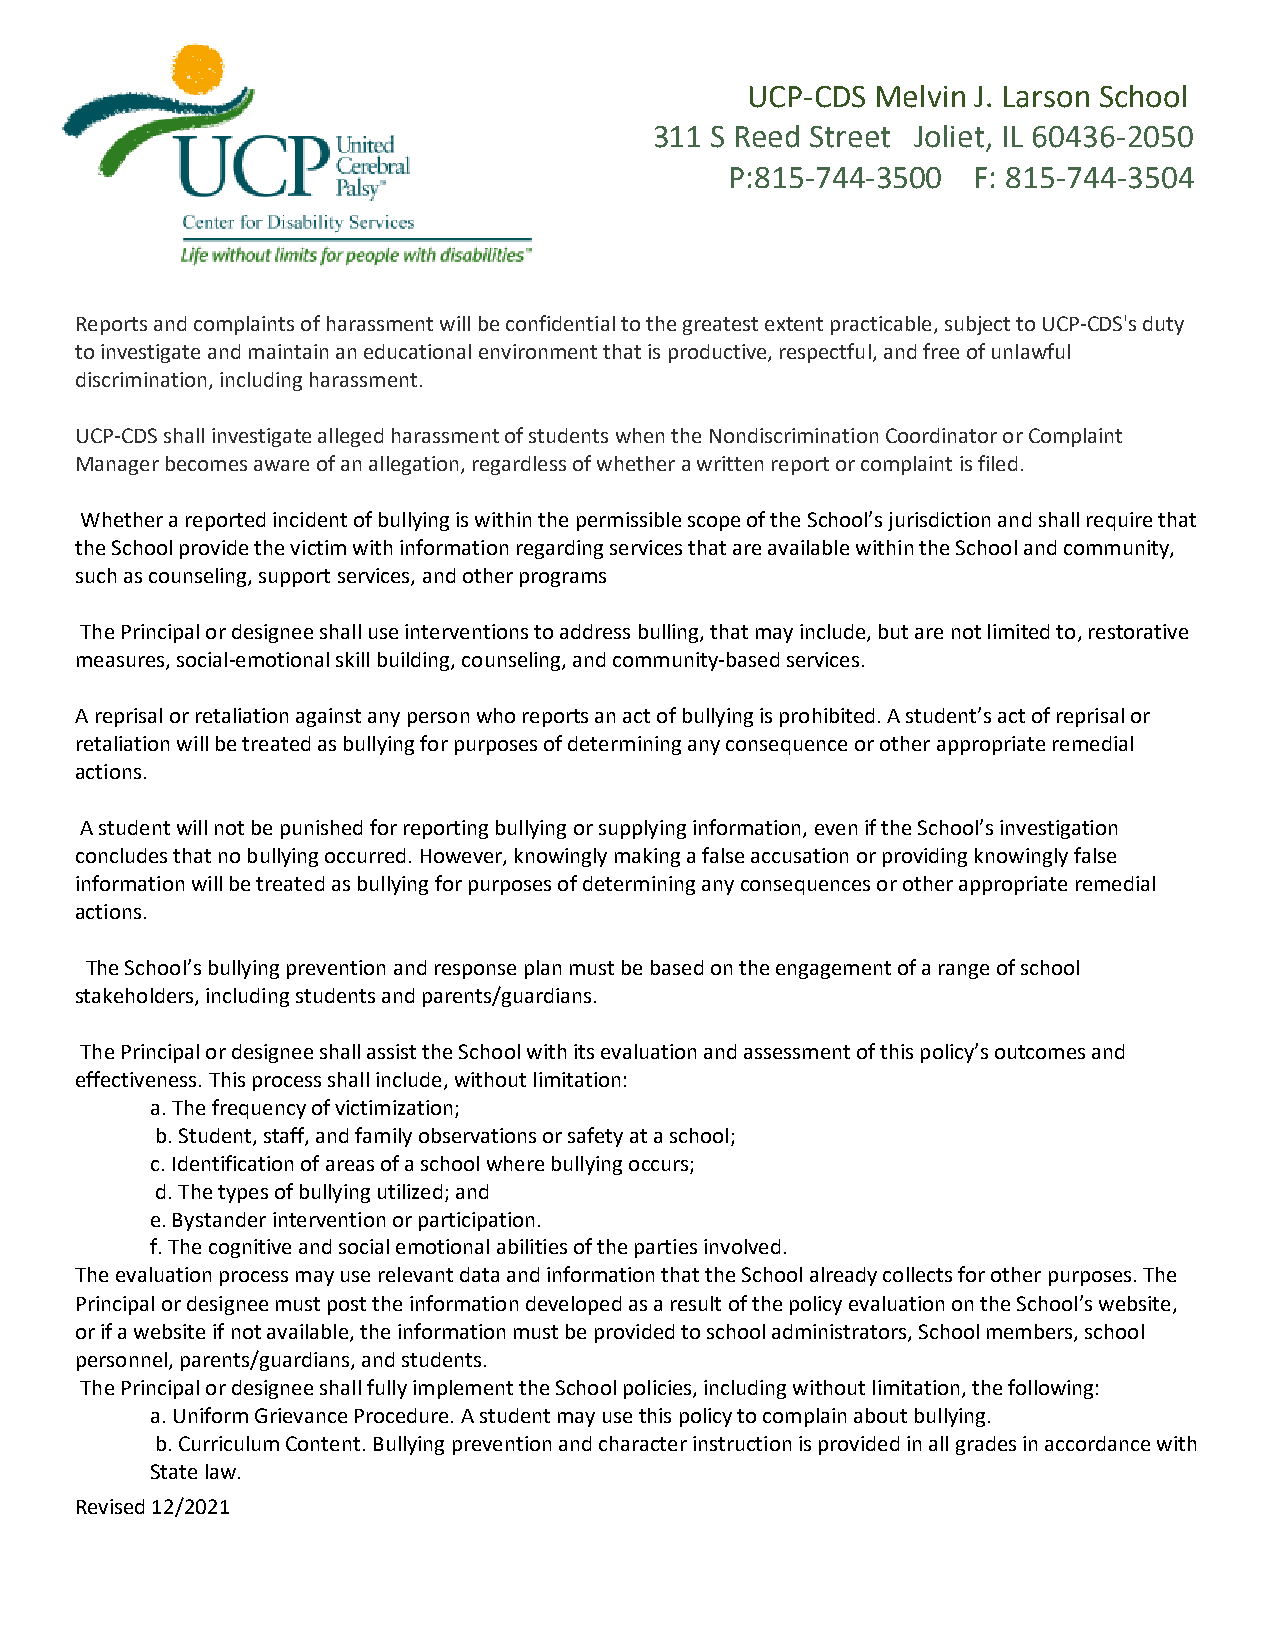
UCP-CDS  Melvin J. Larson School
 311 S Reed Street Joliet, IL 60436-2050
 P:815-744-3500  F: 815-744-3504
 Reports and complaints of harassment will be confidential to the greatest extent practicable, subject to UCP-CDS's duty
 to investigate and maintain an educational environment that is productive, respectful, and free of unlawful
 discrimination, including harassment.
 UCP-CDS shall investigate alleged harassment of students when the Nondiscrimination Coordinator or Complaint
 Manager becomes aware of an allegation, regardless of whether a written report or complaint is filed.
 Whether a reported incident of bullying is within the permissible scope of the School’s jurisdiction and shall require that
 the School provide the victim with information regarding services that are available within the School and community,
 such as counseling, support services, and other programs
 The Principal or designee shall use interventions to address bulling, that may include, but are not limited to, restorative
 measures, social-emotional skill building, counseling, and community-based services.
 A reprisal or retaliation against any person who reports an act of bullying is prohibited. A student’s act of reprisal or
 retaliation will be treated as bullying for purposes of determining any consequence or other appropriate remedial
 actions.
 A student will not be punished for reporting bullying or supplying information, even if the School’s investigation
 concludes that no bullying occurred. However, knowingly making a false accusation or providing knowingly false
 information will be treated as bullying for purposes of determining any consequences or other appropriate remedial
 actions.
 The School’s bullying prevention and response plan must be based on the engagement of a range of school
 stakeholders, including students and parents/guardians.
 The Principal or designee shall assist the School with its evaluation and assessment of this policy’s outcomes and
 effectiveness. This process shall include, without limitation:
 a. The frequency of victimization;
 b. Student, staff, and family observations or safety at a school;
 c. Identification of areas of a school where bullying occurs;
 d. The types of bullying utilized; and
 e. Bystander intervention or participation.
 f. The cognitive and social emotional abilities of the parties involved.
 The evaluation process may use relevant data and information that the School already collects for other purposes. The
 Principal or designee must post the information developed as a result of the policy evaluation on the School’s website,
 or if a website if not available, the information must be provided to school administrators, School members, school
 personnel, parents/guardians, and students.
 The Principal or designee shall fully implement the School policies, including without limitation, the following:
 a. Uniform Grievance Procedure. A student may use this policy to complain about bullying.
 b. Curriculum Content. Bullying prevention and character instruction is provided in all grades in accordance with
 State law.
 Revised 12/2021